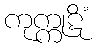
ကုက္ကုဋိံ